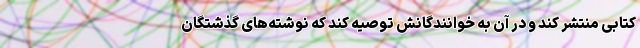
کتابی منتشر کند و در آن به خوانندگانش توصیه کند که نوشته‌های گذشتگان